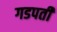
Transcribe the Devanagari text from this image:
गडपती